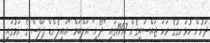
ދަށުން ހުޅަނގުގެ ރަހަ ޖައްސައިގެން 1997ގައި "ދޯނި" އަލްބަމް "އައިލެންޑް ޕަލްސް"ގެ ނަމުގައި